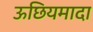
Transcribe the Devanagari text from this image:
ऊछियमादा